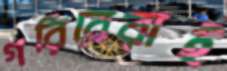
গরিবেরাই